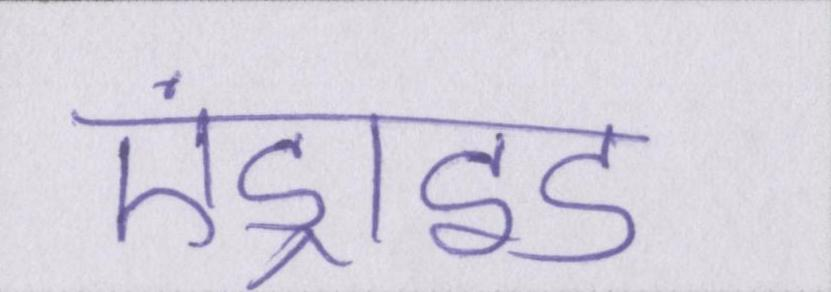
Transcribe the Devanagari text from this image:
एंड्राइड